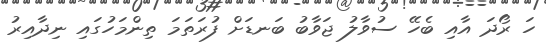
ހަ ރޯދަ އާއި ބެހޭ ސުވާލު ޖަވާބު ބަނޑަށް ފުރަތަމަ ތިންމަހުގައި ނިދާއިރު